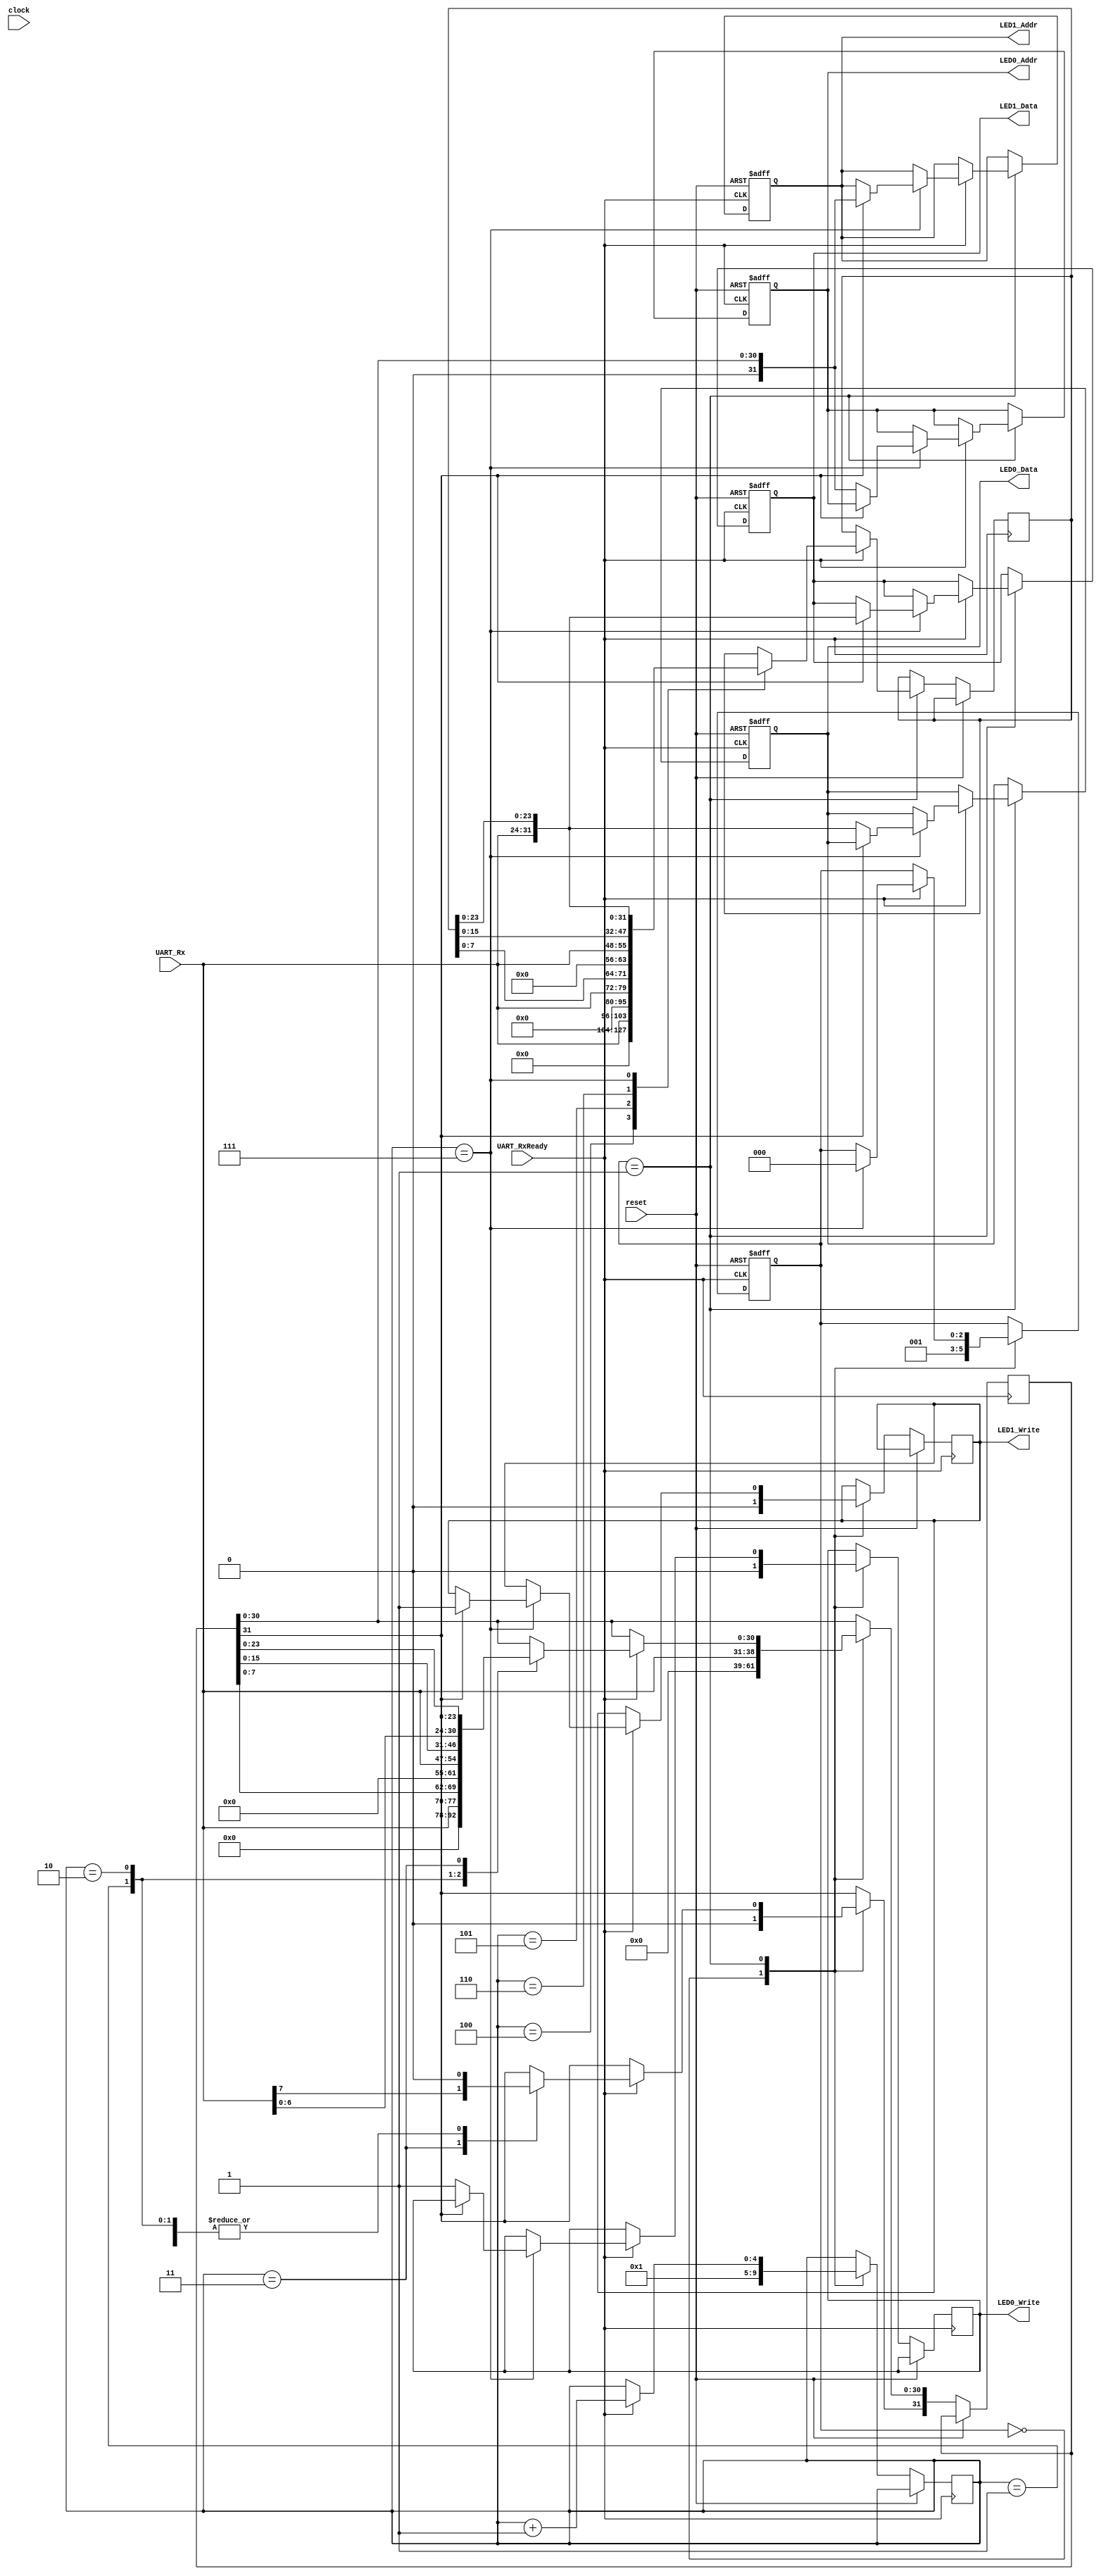
module LedDataSelector
(
	input wire clock,
	input wire reset,
	
	input wire [7:0] UART_Rx,
	input wire UART_RxReady,
	
	output reg [31:0] LED0_Data,
	output reg [31:0] LED0_Addr,
	output reg LED0_Write,
	
	output reg [31:0] LED1_Data,
	output reg [31:0] LED1_Addr,
	output reg LED1_Write
);

localparam STATE_RX_0_BYTE   = 3'd0;
localparam STATE_RX_OTHER	= 3'd1;

reg [2:0] current_state = STATE_RX_0_BYTE;
reg [4:0] current_byte = 0;

reg [31:0] LED_Data;
reg [31:0] LED_Addr;

always @(posedge UART_RxReady or posedge reset) 
begin
	if(reset) 
	begin
		LED0_Data <= 32'd0;
		LED0_Addr <= 32'd0;
		
		LED1_Data <= 32'd0;
		LED1_Addr <= 32'd0;
		
		current_state <= STATE_RX_0_BYTE;
	end
	else
	begin
		case (current_state)	
		STATE_RX_0_BYTE:
		begin
			current_byte <= 1;
			LED0_Write <= 1'b0;
			LED1_Write <= 1'b0;
			LED_Addr <= {24'd0, UART_Rx[7:0]};
			current_state <= STATE_RX_OTHER;	
		end
		
		STATE_RX_OTHER:
		begin
			if(UART_RxReady)
			begin
				case (current_byte)
				1:
					LED_Addr <= {16'd0, UART_Rx[7:0], LED_Addr[7:0]};
				2:
					LED_Addr <= {8'd0, UART_Rx[7:0], LED_Addr[15:0]};
				3:
					LED_Addr <= {UART_Rx[7:0], LED_Addr[23:0]};
				4:
					LED_Data <= {24'd0, UART_Rx[7:0]};
				5:
					LED_Data <= {16'd0, UART_Rx[7:0], LED_Data[7:0]};
				6:
					LED_Data <= {8'd0, UART_Rx[7:0], LED_Data[15:0]};
				7:
				begin
					LED_Data = {UART_Rx[7:0], LED_Data[23:0]};
					
					if(LED_Addr[31] == 1'b1)
					begin
						LED_Addr[31] = 1'b0;
						LED1_Data <= LED_Data;
						LED1_Addr <= LED_Addr;
						LED1_Write <= 1'b1;
					end
					else
					begin
						LED0_Data <= LED_Data;
						LED0_Addr <= LED_Addr;
						LED0_Write <= 1'b1;
					end
					
					current_state <= STATE_RX_0_BYTE;					
				end
				endcase // current_byte
				
				current_byte <= current_byte + 1;
			end
		end
		
		endcase // current_state
	end
end

endmodule